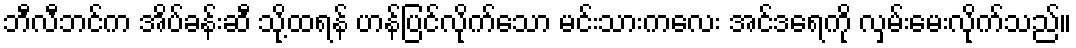
ဘီလီဘင်က အိပ်ခန်းဆီ သို့ထရန် ဟန်ပြင်လိုက်သော မင်းသားကလေး အင်ဒရေကို လှမ်းမေးလိုက်သည်။